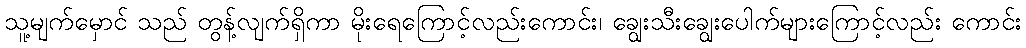
သူ့မျက်မှောင် သည် တွန့်လျက်ရှိကာ မိုးရေကြောင့်လည်းကောင်း၊ ချွေးသီးချွေးပေါက်များကြောင့်လည်း ကောင်း